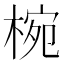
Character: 椀